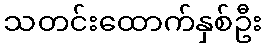
သတင်းထောက်နှစ်ဦး